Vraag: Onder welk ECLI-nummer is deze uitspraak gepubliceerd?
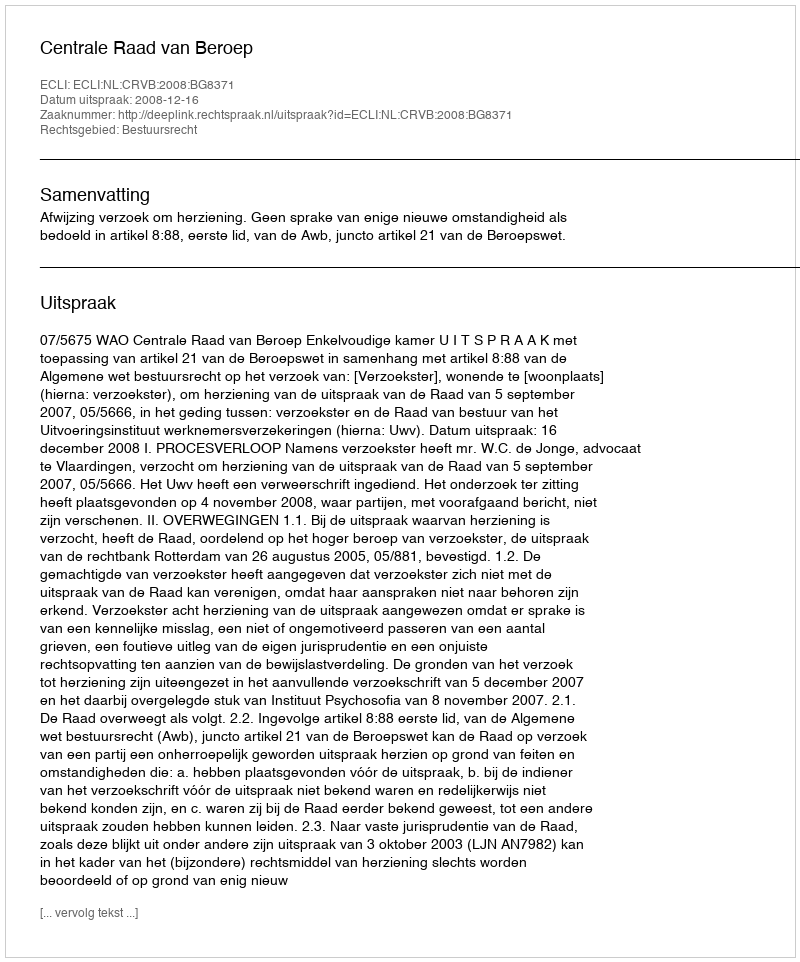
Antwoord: ECLI:NL:CRVB:2008:BG8371